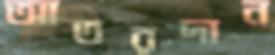
আতরদান